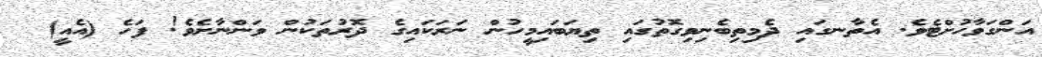
އަންގަވާހުށްޓެވެ. އެތާނގައި ދެމިތިބެނިވިގޮތުގައި ތިޔަބައިމީހުން ނަރަކައިގެ ދޮރުތަކުން ވަންނާށެވެ! ފަހެ (އެއީ)